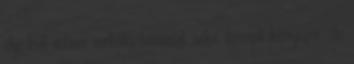
dig kell valami verbális támaszt adni, becsali kényszer, de